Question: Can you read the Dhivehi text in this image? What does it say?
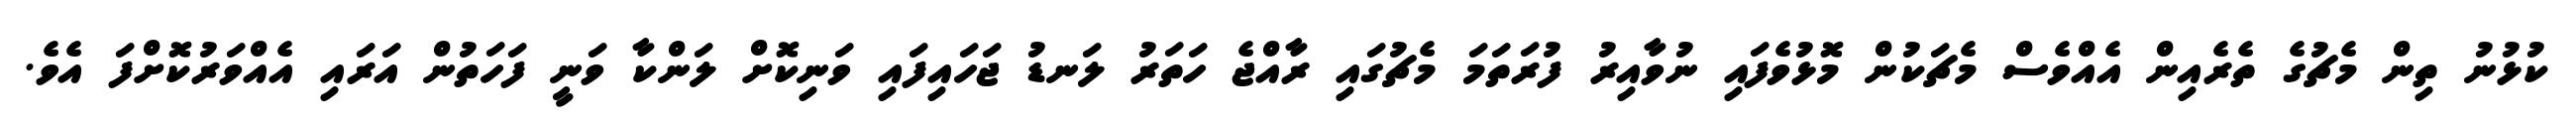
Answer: ކުޅުނު ތިން މެޗުގެ ތެރެއިން އެއްވެސް މެޗަކުން މޮޅުވެފައި ނުވާއިރު ފުރަތަމަ މެޗުގައި ރާއްޖެ ހަތަރު ލަނޑު ޖަހައިފައި ވަނިކޮށް ލަންކާ ވަނީ ފަހަތުން އަރައި އެއްވަރުކޮށްފަ އެވެ.